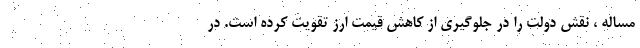
مساله ، نقش دولت را در جلوگیری از کاهش قیمت ارز تقویت کرده است. در